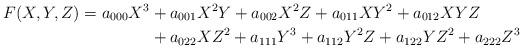
LaTeX: \begin{align*}F(X, Y, Z) = a_{000}X^3 &+ a_{001}X^2Y + a_{002}X^2Z +a_{011}XY^2 + a_{012}XYZ \\&+ a_{022}XZ^2 +a_{111}Y^3 + a_{112}Y^2Z + a_{122}YZ^2 + a_{222}Z^3\end{align*}